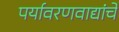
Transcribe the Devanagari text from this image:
पर्यावरणवाद्यांचे